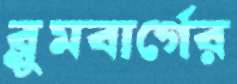
ব্লুমবার্গের